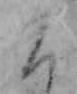
こ